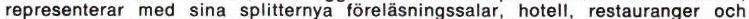
representerar med sina splitternya föreläsningssalar, hotell, restauranger och